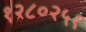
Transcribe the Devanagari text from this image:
१२८०२५१